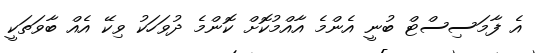
އެ ފާމަސިސްޓް ބުނީ އެންމެ އާއްމުކޮށް ކޮންމެ ދުވަހަކު ވިކޭ އެއް ބާވަތަކީ